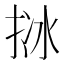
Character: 𢬄